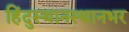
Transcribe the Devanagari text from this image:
हिंदुस्थानस्थानभर